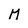
Character: M